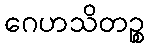
ဂေဟသိတဉ္စ